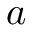
a